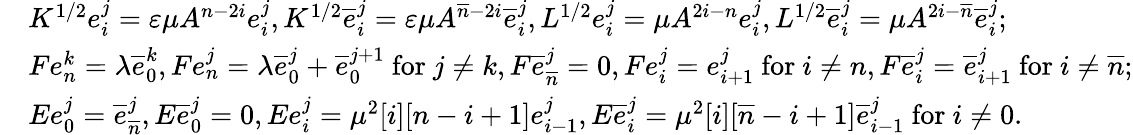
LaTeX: \begin{array}{rl}&{K^{1/2}e_{i}^{j}=\varepsilon\mu A^{n-2i}e_{i}^{j},K^{1/2}\overline{{e}}_{i}^{j}=\varepsilon\mu A^{\overline{{n}}-2i}\overline{{e}}_{i}^{j},L^{1/2}e_{i}^{j}=\mu A^{2i-n}e_{i}^{j},L^{1/2}\overline{{e}}_{i}^{j}=\mu A^{2i-\overline{{n}}}\overline{{e}}_{i}^{j};}\\ &{Fe_{n}^{k}=\lambda\overline{{e}}_{0}^{k},Fe_{n}^{j}=\lambda\overline{{e}}_{0}^{j}+\overline{{e}}_{0}^{j+1}\mathrm{~for~}j\neq k,F\overline{{e}}_{\overline{{n}}}^{j}=0,Fe_{i}^{j}=e_{i+1}^{j}\mathrm{~for~}i\neq n,F\overline{{e}}_{i}^{j}=\overline{{e}}_{i+1}^{j}\mathrm{~for~}i\neq\overline{{n}};}\\ &{Ee_{0}^{j}=\overline{{e}}_{\overline{{n}}}^{j},E\overline{{e}}_{0}^{j}=0,Ee_{i}^{j}=\mu^{2}[i][n-i+1]e_{i-1}^{j},E\overline{{e}}_{i}^{j}=\mu^{2}[i][\overline{{n}}-i+1]\overline{{e}}_{i-1}^{j}\mathrm{~for~}i\neq 0.}\end{array}